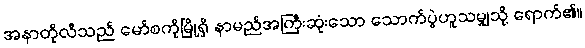
အနာတိုလီသည် မော်စကိုမြို့ရှိ နာမည်အကြီးဆုံးသော သောက်ပွဲဟူသမျှသို့ ရောက်၏။